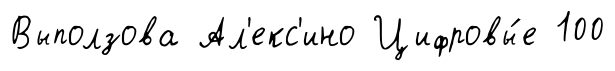
Выползова Ал'екс'ино Цифровы́е 100